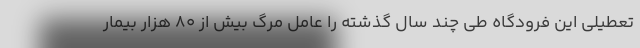
تعطیلی این فرودگاه طی چند سال گذشته را عامل مرگ بیش از ۸۰ هزار بیمار